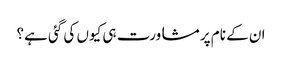
ان کے نام پر مشاورت ہی کیوں کی گئی ہے؟